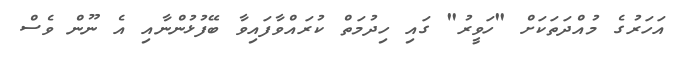
އަހަރުގެ މުއްދަތަކަށް "ހަވީރު" ގައި ހިދުމަތް ކުރައްވާފައިވާ ބޭފުޅުންނާއި އެ ނޫން ވެސް